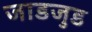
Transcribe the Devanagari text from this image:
जाडजुड